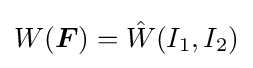
W({\boldsymbol {F}})={\hat {W}}(I_{1},I_{2})